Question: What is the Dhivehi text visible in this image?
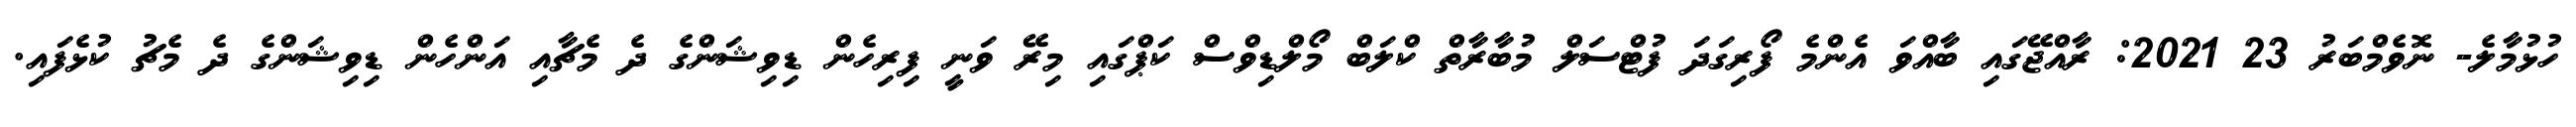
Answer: ހުޅުމާލެ- ނޮވެމްބަރު 23 2021: ރާއްޖޭގައި ބާއްވަ އެންމެ ފޯރިގަދަ ފުޓްސަލް މުބާރާތް ކްލަބް މޯލްޑިވްސް ކަޕްގައި މިރޭ ވަނީ ފިރިހެން ޑިވިޝަންގެ ދެ މެޗާއި އަންހެން ޑިވިޝަންގެ ދެ މެޗު ކުޅެފައި.